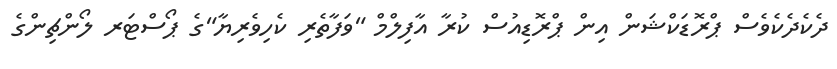
ދެކެދެކެވެސް ޕްރޮޑަކްޝަން އިން ޕްރޮޑިއުސް ކުރާ އާފިލްމް "ވަފާތެރި ކެހިވެރިޔާ"ގެ ޕޯސްޓަރ ލޯންޗިންގެ